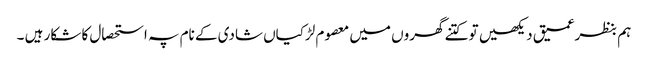
ہم بنظرعمیق دیکھیں تو کتنے گھروں میں معصوم لڑکیاں شادی کے نام پہ استحصال کا شکار ہیں ۔